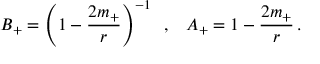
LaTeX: B _ { + } = \left( 1 - \frac { 2 m _ { + } } { r } \right) ^ { - 1 } \; \; , \; \; \; A _ { + } = 1 - \frac { 2 m _ { + } } { r } \, .